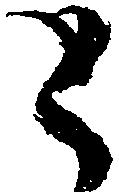
と